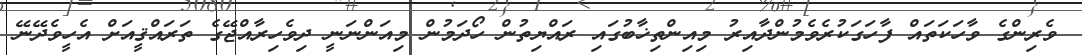
ވެރިންގެ ވާހަކަތައް ފާހަގަކުރެވެމުންދާއިރު މިއިންތިޚާބުގައި ރައްޔިތުން ހޯދަމުން މިއަންނަނީ ދިވެހިރާއްޖޭގެ ތަރައްޤީއަށް އެހީވެދޭނޭ